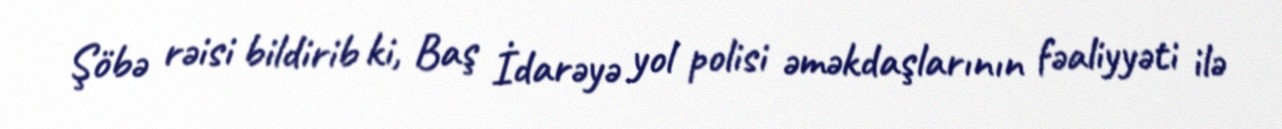
Şöbə rəisi bildirib ki, Baş İdarəyə yol polisi əməkdaşlarının fəaliyyəti ilə